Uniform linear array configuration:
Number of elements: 48
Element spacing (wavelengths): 0.75
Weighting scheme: binomial
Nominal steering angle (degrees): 30
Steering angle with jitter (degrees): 29.746
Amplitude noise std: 0.05
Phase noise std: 0.05

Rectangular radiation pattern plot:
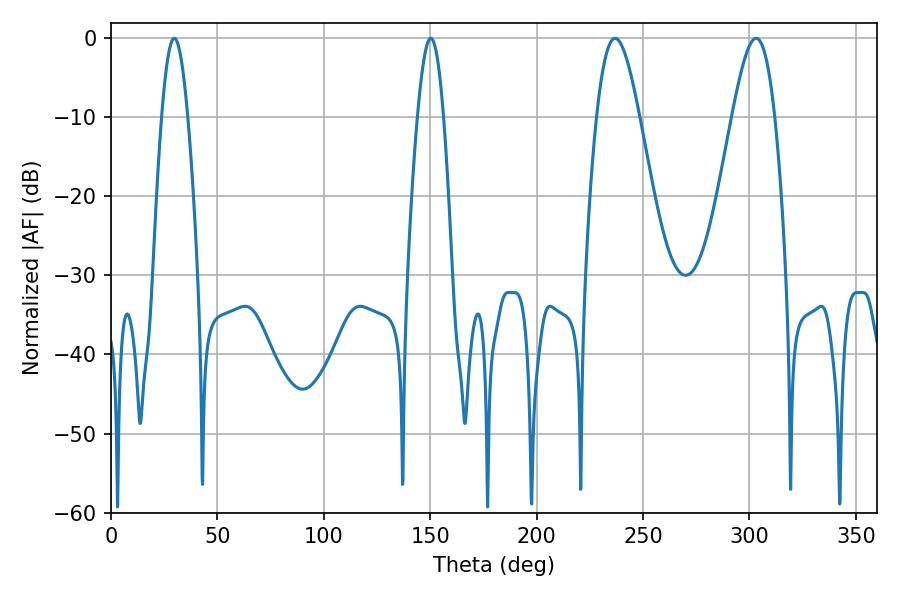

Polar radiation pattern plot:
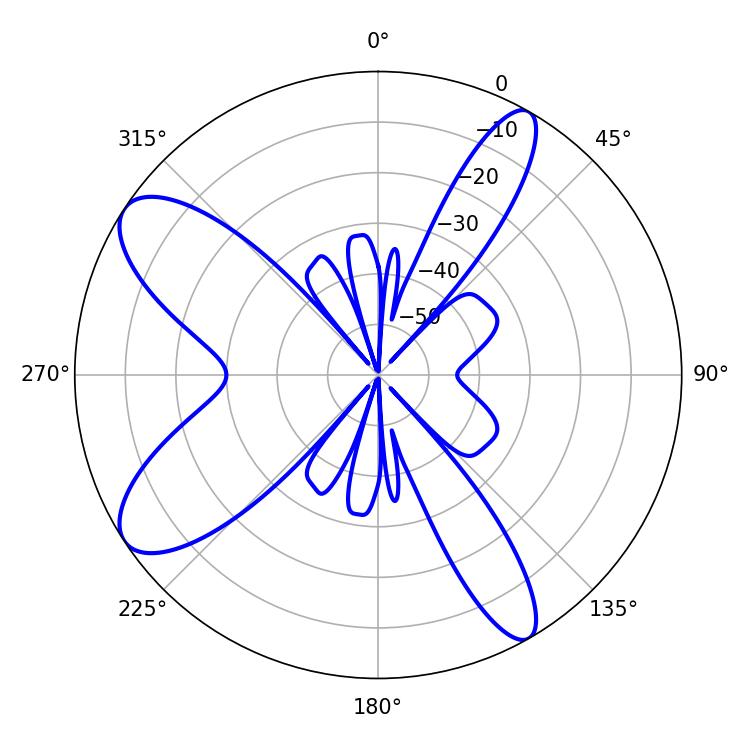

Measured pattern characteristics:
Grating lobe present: TRUE
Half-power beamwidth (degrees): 10.8
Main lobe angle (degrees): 236.88